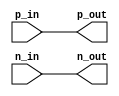
module differential_buffer (
    input p_in, n_in, // external differential signals
    output p_out, n_out // internal logic signals
);

assign p_out = p_in; // no level shifting or inversion required
assign n_out = n_in; // no level shifting or inversion required

// Termination and impedance matching settings can be added here

endmodule